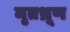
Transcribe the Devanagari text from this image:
मृतभ्रूण